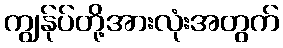
ကျွန်ုပ်တို့အားလုံးအတွက်